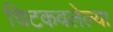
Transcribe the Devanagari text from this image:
चिटकवलेल्या